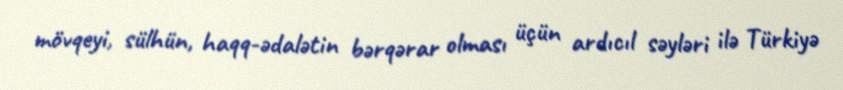
mövqeyi, sülhün, haqq-ədalətin bərqərar olması üçün ardıcıl səyləri ilə Türkiyə